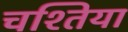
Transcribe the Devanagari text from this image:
चश्तिया